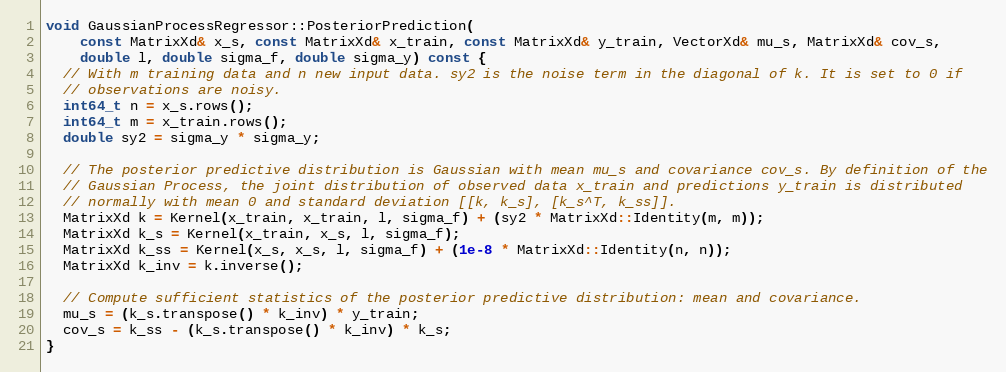
Language: C++
void GaussianProcessRegressor::PosteriorPrediction(
    const MatrixXd& x_s, const MatrixXd& x_train, const MatrixXd& y_train, VectorXd& mu_s, MatrixXd& cov_s,
    double l, double sigma_f, double sigma_y) const {
  // With m training data and n new input data. sy2 is the noise term in the diagonal of k. It is set to 0 if
  // observations are noisy.
  int64_t n = x_s.rows();
  int64_t m = x_train.rows();
  double sy2 = sigma_y * sigma_y;

  // The posterior predictive distribution is Gaussian with mean mu_s and covariance cov_s. By definition of the
  // Gaussian Process, the joint distribution of observed data x_train and predictions y_train is distributed
  // normally with mean 0 and standard deviation [[k, k_s], [k_s^T, k_ss]].
  MatrixXd k = Kernel(x_train, x_train, l, sigma_f) + (sy2 * MatrixXd::Identity(m, m));
  MatrixXd k_s = Kernel(x_train, x_s, l, sigma_f);
  MatrixXd k_ss = Kernel(x_s, x_s, l, sigma_f) + (1e-8 * MatrixXd::Identity(n, n));
  MatrixXd k_inv = k.inverse();

  // Compute sufficient statistics of the posterior predictive distribution: mean and covariance.
  mu_s = (k_s.transpose() * k_inv) * y_train;
  cov_s = k_ss - (k_s.transpose() * k_inv) * k_s;
}